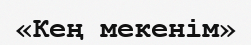
«Кең мекенім»